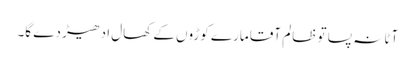
آٹا نہ پسا تو ظالم آقا مارے کوڑوں کے کھال ادھیڑ دے گا۔